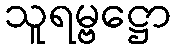
သူရမ္ဗဋ္ဌော